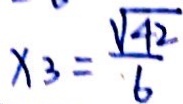
x _ { 3 } = \frac { \sqrt { 4 2 } } { 6 }